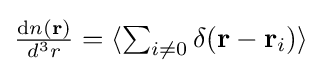
\textstyle {\frac {\mathrm {d} n(\mathbf {r} )}{d^{3}r}}=\langle \sum _{i\neq 0}\delta (\mathbf {r} -\mathbf {r} _{i})\rangle